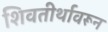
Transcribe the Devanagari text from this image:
शिवतीर्थावरून